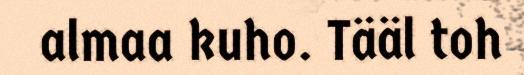
almaa kuho. Tääl toh